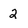
Character: 2